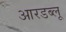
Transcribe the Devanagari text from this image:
आरडब्लू